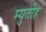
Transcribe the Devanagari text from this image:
म्युतोह